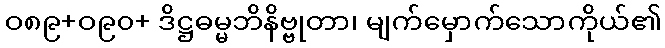
ဝ၈၉+ဝ၉၀+ ဒိဋ္ဌဓမ္မဘိနိဗ္ဗုတာ၊ မျက်မှောက်သောကိုယ်၏